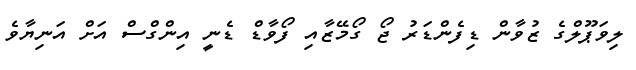
ލިވަޕޫލްގެ ޒުވާން ޑިފެންޑަަރު ޖޯ ގޯމޭޒާއި ފޯވާޑް ޑެނީ އިންގްސް އަށް އަނިޔާވެ